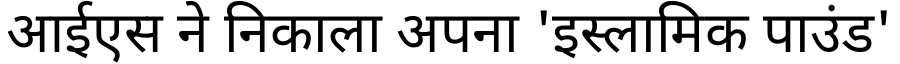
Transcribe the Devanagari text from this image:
आईएस ने निकाला अपना 'इस्लामिक पाउंड'